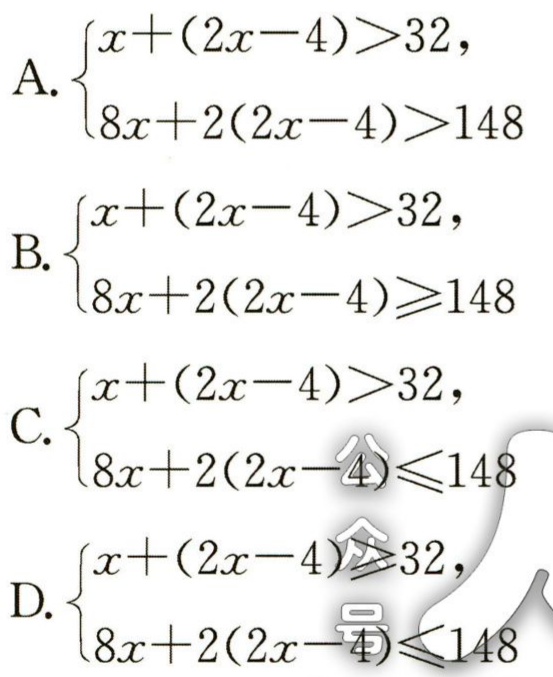
A. \(\begin{cases}x+(2x - 4)>32,\\8x + 2(2x - 4)>148\end{cases}\)

B. \(\begin{cases}x+(2x - 4)>32,\\8x + 2(2x - 4)\geqslant148\end{cases}\)

C. \(\begin{cases}x+(2x - 4)>32,\\8x + 2(2x - 4)\leqslant148\end{cases}\)

D. \(\begin{cases}x+(2x - 4)\geqslant32,\\8x + 2(2x - 4)\leqslant148\end{cases}\)